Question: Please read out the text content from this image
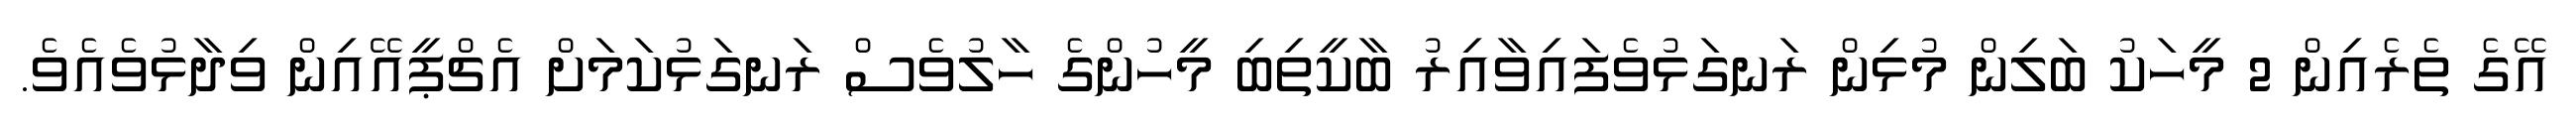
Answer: އޭގެ ތެރެއިން 2 މީހަކު ބަލިން މުޅިން ރަނގަޅުވެފައިވާއިރު ބާކީތިބި މީހުންގެ ހާލުވެސް ރަނގަޅުކަމަށް އެޗްޕީއޭއިން ވިދާޅުވެއެވެ.